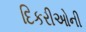
દિકરીઓની